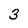
Character: 3